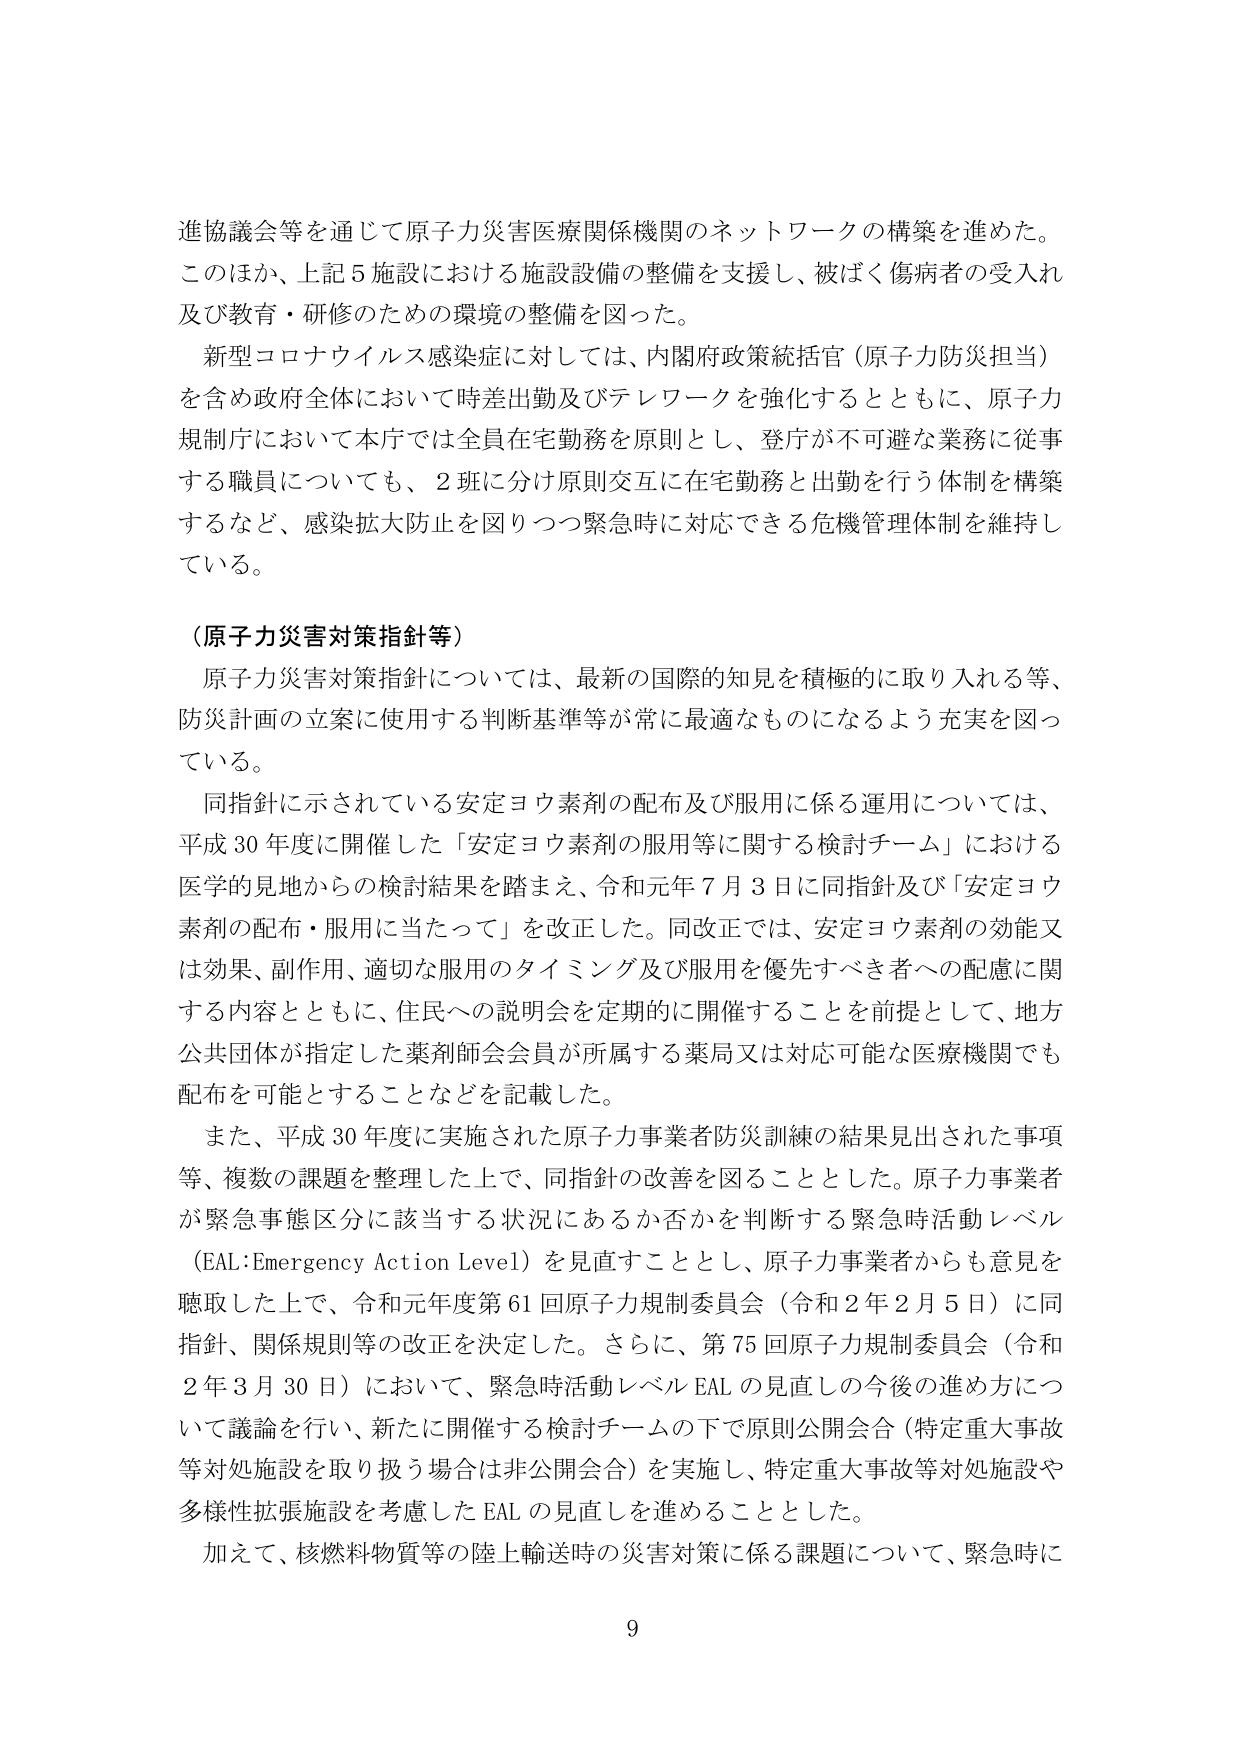
進協議会等を通じて原子力災害医療関係機関のネットワークの構築を進めた。
このほか、上記５施設における施設設備の整備を支援し、被ばく傷病者の受入れ及び教育・研修のための環境の整備を図った。
新型コロナウイルス感染症に対しては、内閣府政策統括官（原子力防災担当）を含め政府全体において時差出勤及びテレワークを強化するとともに、原子力規制庁において本庁では全員在宅勤務を原則とし、登庁が不可避な業務に従事する職員についても、２班に分け原則交互に在宅勤務と出勤を行う体制を構築するなど、感染拡大防止を図りつつ緊急時に対応できる危機管理体制を維持している。

（原子力災害対策指針等）
原子力災害対策指針については、最新の国際的知見を積極的に取り入れる等、防災計画の立案に使用する判断基準等が常に最適なものになるよう充実を図っている。
同指針に示されている安定ヨウ素剤の配布及び服用に係る運用については、平成30年度に開催した「安定ヨウ素剤の服用等に関する検討チーム」における医学的見地からの検討結果を踏まえ、令和元年７月３日に同指針及び「安定ヨウ素剤の配布・服用に当たって」を改正した。同改正では、安定ヨウ素剤の効能又は効果、副作用、適切な服用のタイミング及び服用を優先すべき者への配慮に関する内容とともに、住民への説明会を定期的に開催することを前提として、地方公共団体が指定した薬剤師会会員が所属する薬局又は対応可能な医療機関でも配布を可能とすることなどを記載した。
また、平成30年度に実施された原子力事業者防災訓練の結果見出された事項等、複数の課題を整理した上で、同指針の改善を図ることとした。原子力事業者が緊急事態区分に該当する状況にあるか否かを判断する緊急時活動レベル（EAL:Emergency Action Level）を見直すこととし、原子力事業者からも意見を聴取した上で、令和元年度第61回原子力規制委員会（令和2年2月5日）に同指針、関係規則等の改正を決定した。さらに、第75回原子力規制委員会（令和2年3月30日）において、緊急時活動レベルEALの見直しの今後の進め方について議論を行い、新たに開催する検討チームの下で原則公開会合（特定重大事故等対処施設を取り扱う場合は非公開会合）を実施し、特定重大事故等対処施設や多様性拡張施設を考慮したEALの見直しを進めることとした。
加えて、核燃料物質等の陸上輸送時の災害対策に係る課題について、緊急時に

9